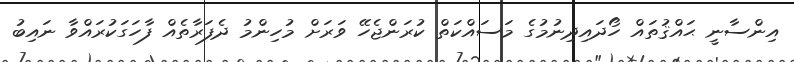
އިންސާނީ ޙައްޤުތައް ހޯދައިދިނުމުގެ މަސައްކަތް ކުރަންޖެހޭ ވަރަށް މުހިންމު ދެފަރާތެއް ފާހަގަކުރައްވާ ނައިބު